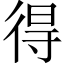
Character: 得